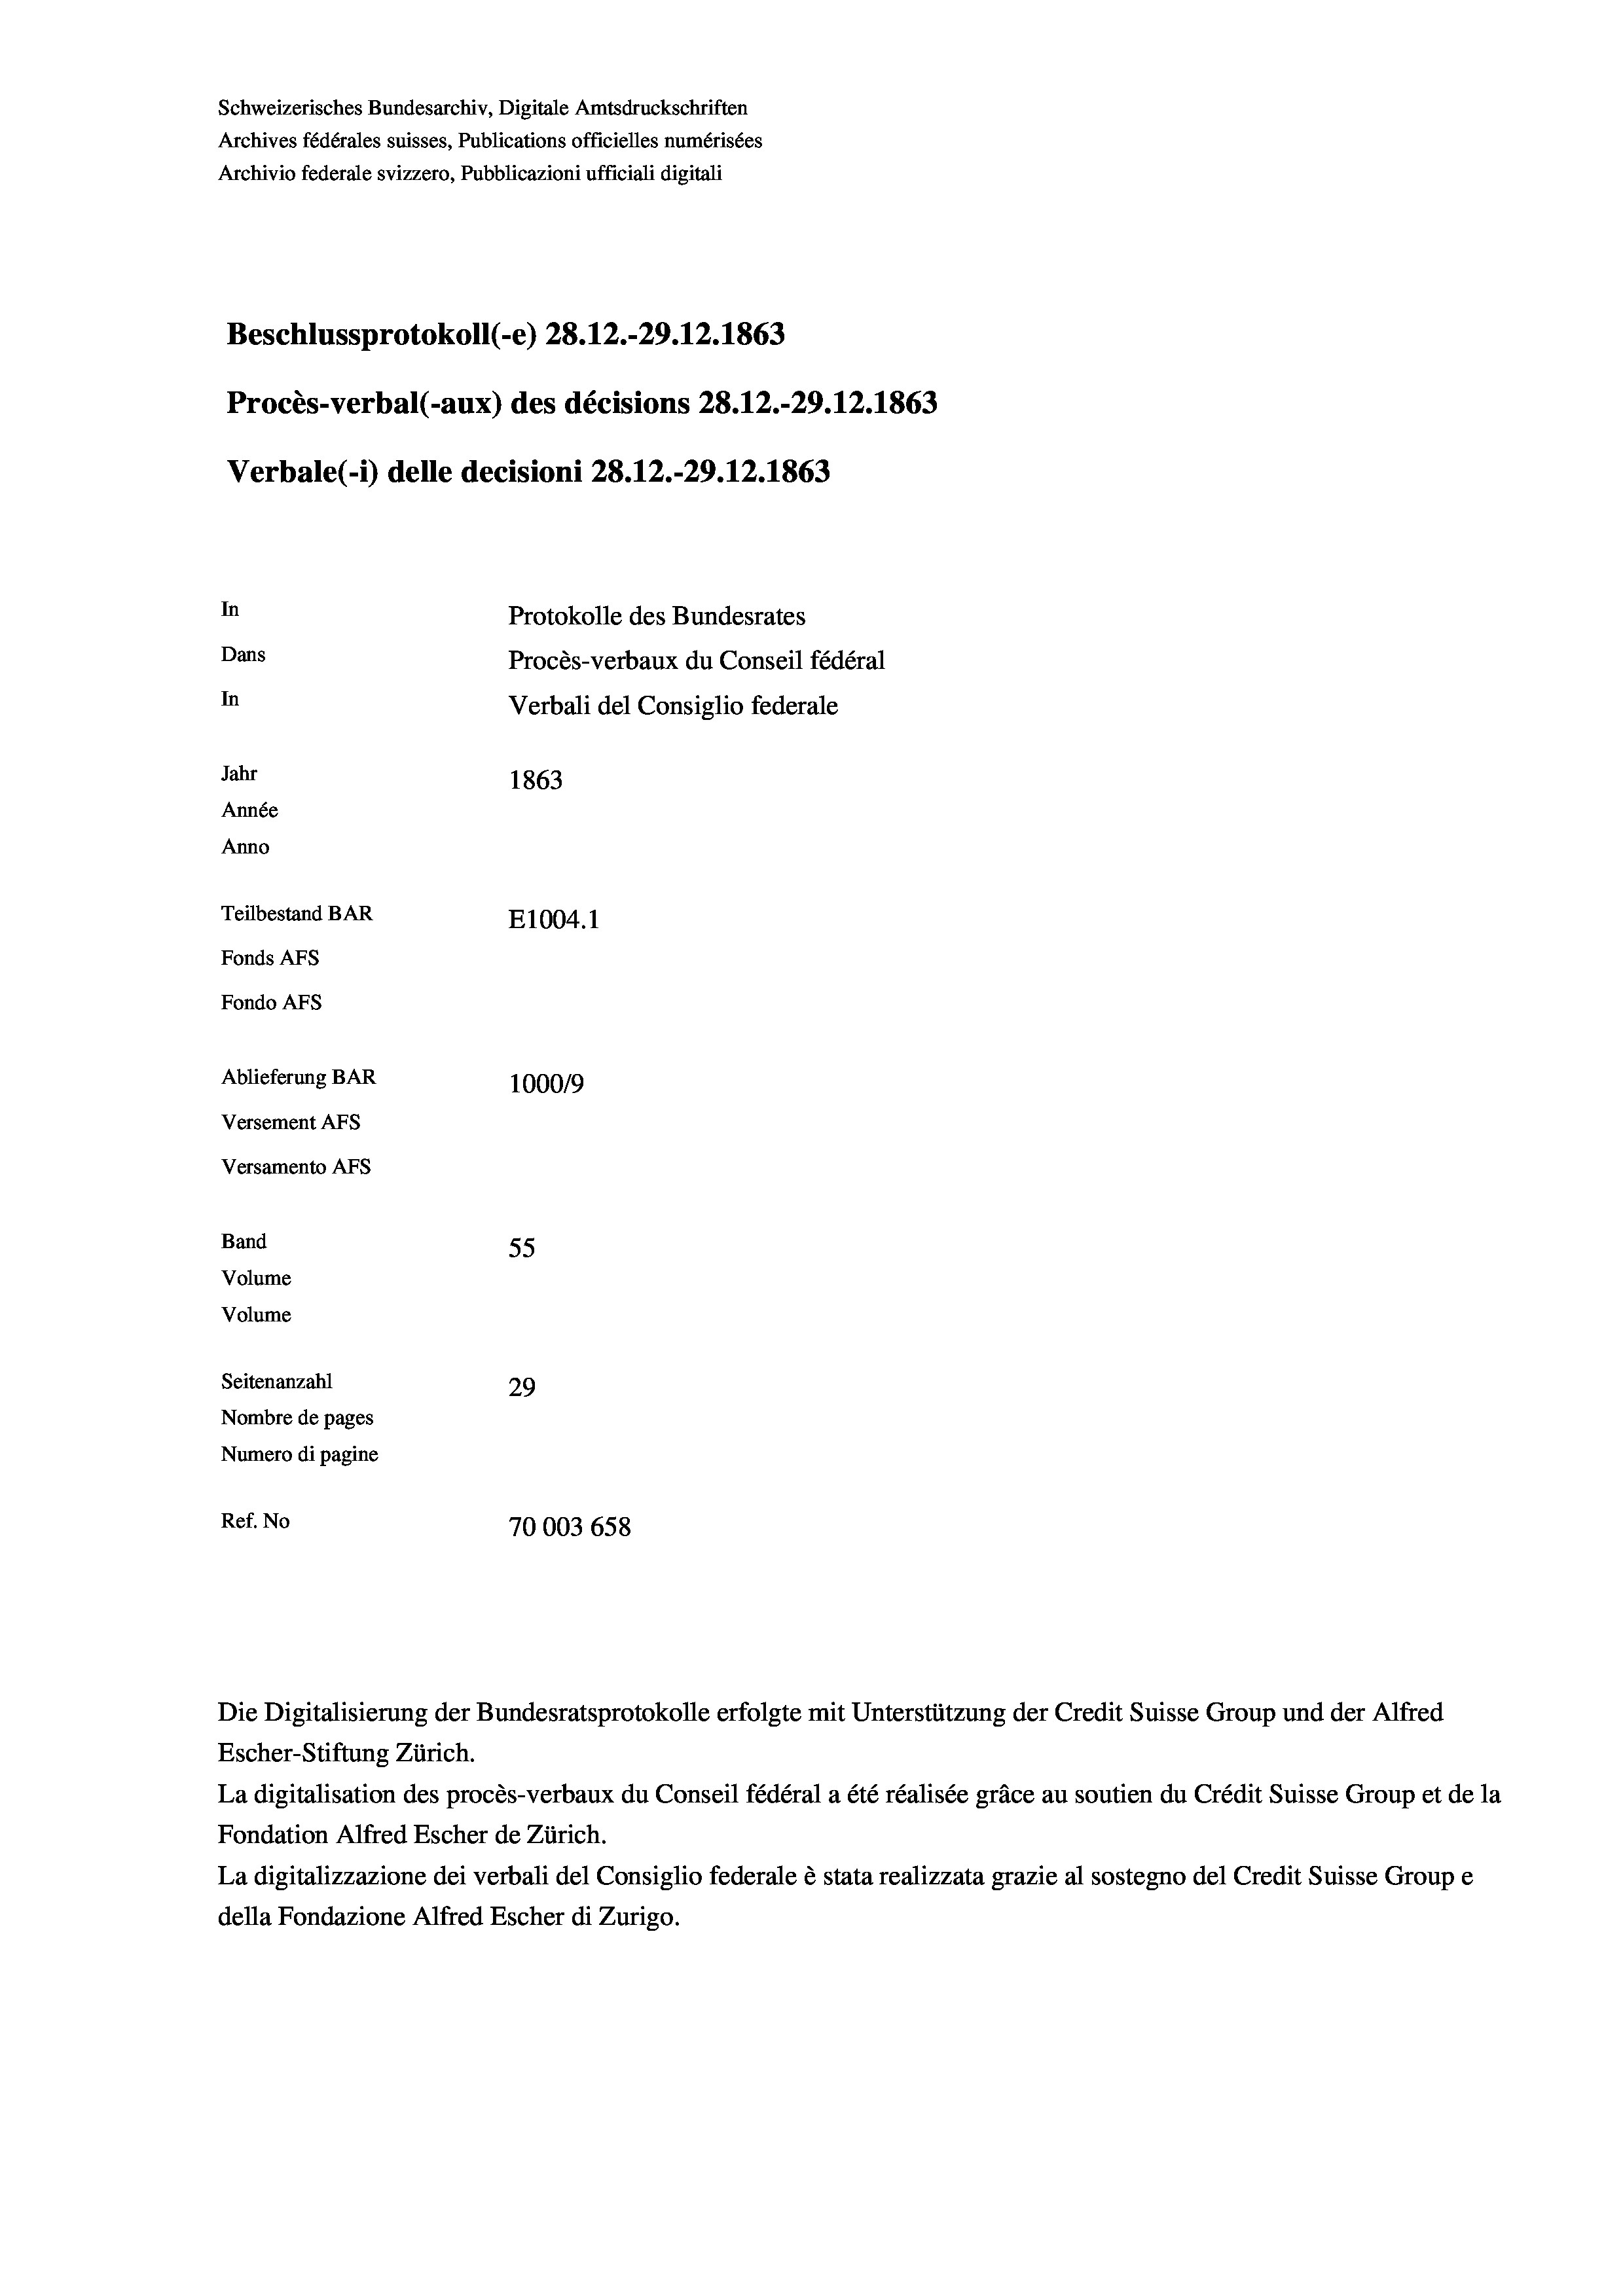
Schweizerisches Bundesarchiv, Digitale Amtsdruckschriften
Archives fédérales suisses, Publications officielles numérisées
Archivio federale svizzero, Pubblicazioni ufficiali digitali
Beschlussprotokoll (-e) 28. 12.-29. 12. 1863
Procès-verbal (-aux) des décisions 28.12.-29.12.1863
Verbale(*) delle decisioni 28. 12.-29. 12. 1863
In
Protokolle des Bundesrates
Dans
Procès-verbaux du Conseil fédéral
In
Verbali del Consiglio federale
Jahr
1863
Année
Anno
Teilbestand BAR
E1004.1
Fonds AFs
Fondo AFS
Ablieferung BAR
100019
Versement AFs
Versamento Afs

55
Seitenanzahl
29
Nombre de pages
Numero di pagine
Ref. No
70003 658

Band
Volume
Volume

La digitalisation des procès-verbaux du Conseil fédéral a été réalisée gräce au soutien du Crédit Suisse Group et de la
Fondation Alfred Escher de Zürich.
La digitalizzazione dei verbali del Consiglio federale è stata realizzata grazie al sostegno del Credit Suisse Groupe
della Fondazione Alfred Escher di Zurigo.

Die Digitalisierung der Bundesratsprotokolle erfolgte mit Unterstützung der Credit Suisse Group und der Alfred
Escher-Stiftung Zürich.

t